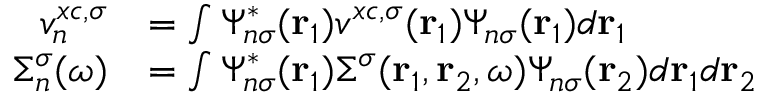
\begin{array} { r l } { v _ { n } ^ { x c , \sigma } } & { = \int \Psi _ { n \sigma } ^ { * } ( \mathbf { r } _ { 1 } ) v ^ { x c , \sigma } ( \mathbf { r } _ { 1 } ) \Psi _ { n \sigma } ( \mathbf { r } _ { 1 } ) d \mathbf { r } _ { 1 } } \\ { \Sigma _ { n } ^ { \sigma } ( \omega ) } & { = \int \Psi _ { n \sigma } ^ { * } ( \mathbf { r } _ { 1 } ) \Sigma ^ { \sigma } ( \mathbf { r } _ { 1 } , \mathbf { r } _ { 2 } , \omega ) \Psi _ { n \sigma } ( \mathbf { r } _ { 2 } ) d \mathbf { r } _ { 1 } d \mathbf { r } _ { 2 } } \end{array}